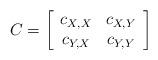
LaTeX: \begin{align*}C = \left[ \begin{array}{cc} c_{X,X} & c_{X,Y}\\ c_{Y,X} & c_{Y,Y} \end{array} \right]\end{align*}